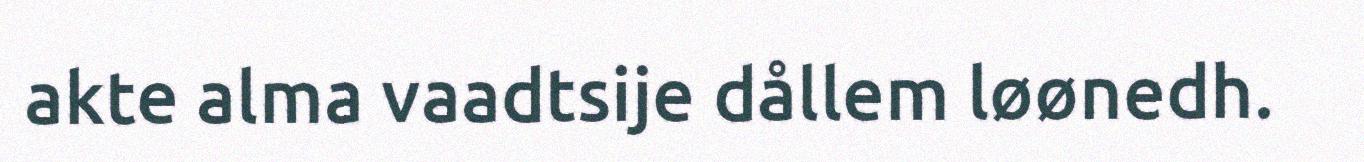
akte alma vaadtsije dållem løønedh.